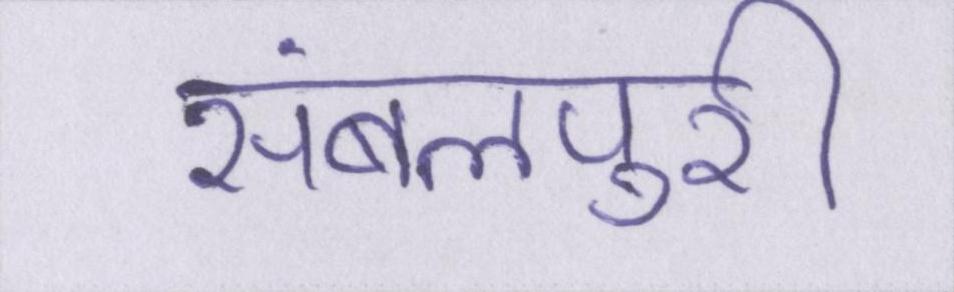
संबलपुरी